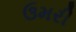
ઉમરી